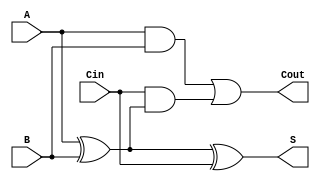
module FullAdder (
    input wire A,      // First input bit
    input wire B,      // Second input bit
    input wire Cin,    // Carry-in bit
    output wire S,     // Sum output
    output wire Cout   // Carry-out output
);

// Sum output calculation using XOR
assign S = A ^ B ^ Cin;

// Carry-out output calculation
assign Cout = (A & B) | (Cin & (A ^ B));

endmodule